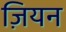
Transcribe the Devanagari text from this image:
ज़ियन